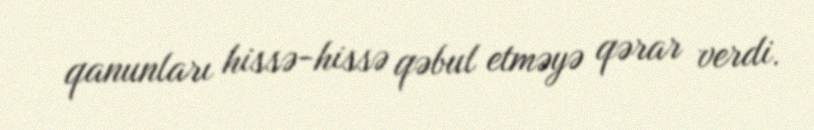
qanunları hissə-hissə qəbul etməyə qərar verdi.